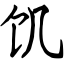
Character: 饥